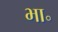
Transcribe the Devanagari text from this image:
भा॰